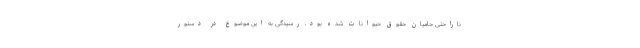
ناراحتی حامیان حقوق حیوانات شده بود، رسیدگی به این موضوع در دستور